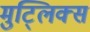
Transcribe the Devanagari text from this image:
मुट्लिक्स